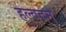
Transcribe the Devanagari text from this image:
हल्वदन